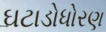
ઘટાડોધોરણ